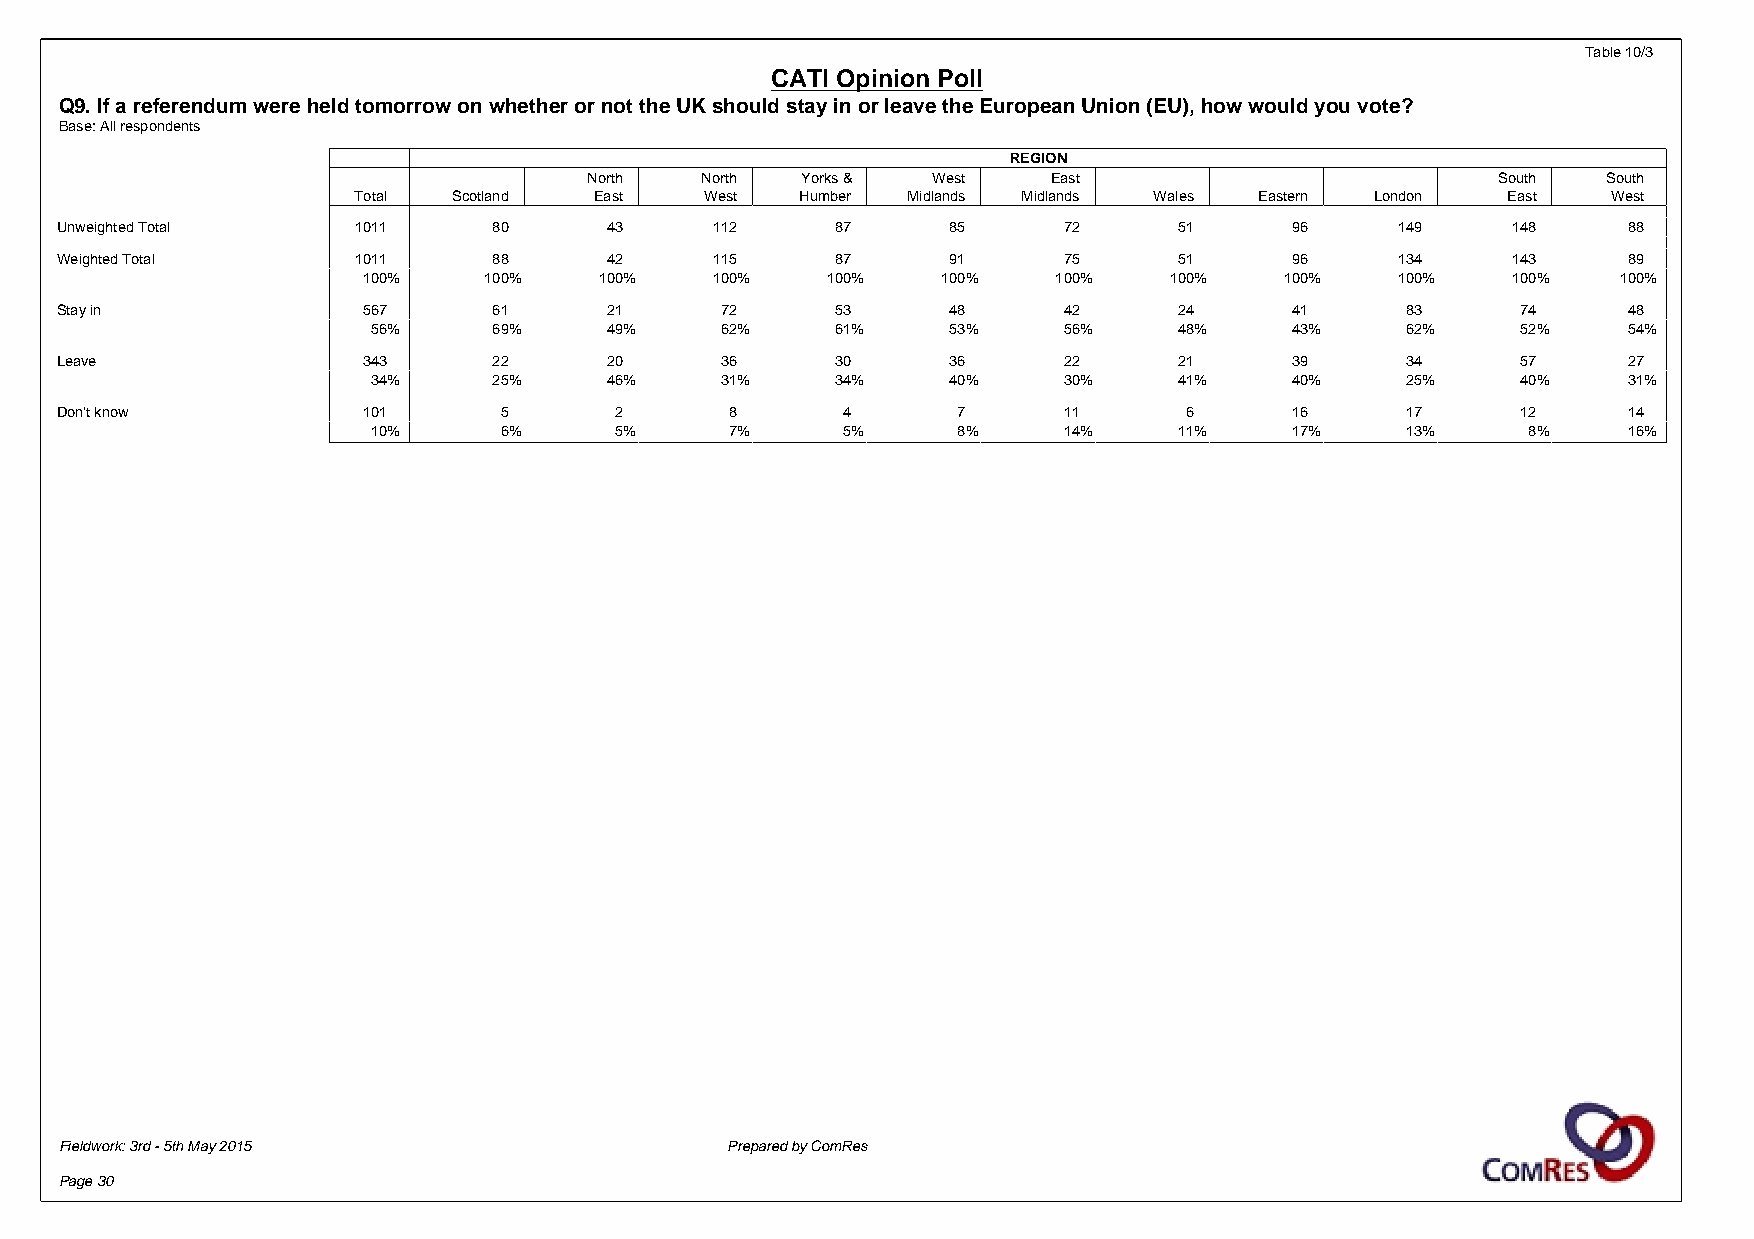
Table 10/3
 CATI Opinion Poll
 Q9. If a referendum were held tomorrow on whether or not the UK should stay in or leave the European Union (EU), how would you vote?
 Base: All respondents
 REGION
 North  North  Yorks &  West    East                         South  South
 Total  Scotland East    West  Humber Midlands Midlands Wales Eastern London  East   West
 Unweighted Total   1011      80     43     112     87      85     72      51      96     149    148     88
 Weighted Total     1011      88     42     115     87      91     75      51      96     134    143     89
 100%    100%    100%   100%    100%   100%    100%   100%    100%    100%   100%   100%
 Stay in             567      61     21      72     53      48     42      24      41     83      74     48
 56%     69%    49%     62%    61%     53%    56%     48%     43%    62%     52%    54%
 Leave               343      22     20      36     30      36     22      21      39     34      57     27
 34%     25%    46%     31%    34%     40%    30%     41%     40%    25%     40%    31%
 Don't know          101      5       2      8       4      7      11      6       16     17      12     14
 10%     6%      5%     7%      5%     8%     14%     11%     17%    13%     8%     16%
 Fieldwork: 3rd - 5th May 2015               Prepared by ComRes
 Page 30